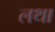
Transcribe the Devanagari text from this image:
लथा